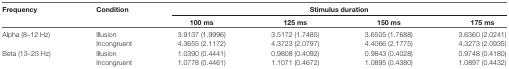
<table><thead><tr><td><b>Frequency</b></td><td><b>Condition</b></td><td colspan="4"><b>Stimulus duration</b></td></tr><tr><td></td><td></td><td><b>100 ms</b></td><td><b>125 ms</b></td><td><b>150 ms</b></td><td><b>175 ms</b></td></tr></thead><tbody><tr><td>Alpha (8–12 Hz)</td><td>Illusion</td><td>3.9137 (1.9996)</td><td>3.5172 (1.7485)</td><td>3.6505 (1.7688)</td><td>3.6360 (2.0241)</td></tr><tr><td></td><td>Incongruent</td><td>4.3655 (2.1172)</td><td>4.3723 (2.0797)</td><td>4.4066 (2.1775)</td><td>4.3273 (2.0935)</td></tr><tr><td>Beta (13–25 Hz)</td><td>Illusion</td><td>1.0390 (0.4441)</td><td>0.9808 (0.4092)</td><td>0.9843 (0.4028)</td><td>0.9748 (0.4180)</td></tr><tr><td></td><td>Incongruent</td><td>1.0778 (0.4461)</td><td>1.1071 (0.4672)</td><td>1.0895 (0.4380)</td><td>1.0897 (0.4432)</td></tr></tbody></table>